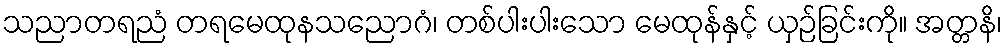
သညာတရညံ တရမေထုနသညောဂံ၊ တစ်ပါးပါးသော မေထုန်နှင့် ယှဉ်ခြင်းကို။ အတ္တနိ၊